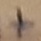
Text: +